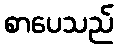
စာပေသည်